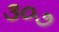
૩૦૭